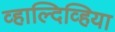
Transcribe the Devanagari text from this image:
व्हाल्दिव्हिया